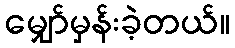
မျှော်မှန်းခဲ့တယ်။